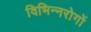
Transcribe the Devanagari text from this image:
विभिन्नरोगों